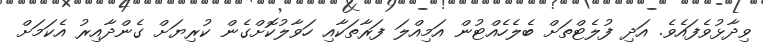
ވިދާޅުވެފައެވެ. އަދި ފުލެޓްތަށް ބެލެހެއްޓުން އަމިއްލަ ފަރާތަކާއި ހަވާލުކޮށްގެން ކުރިޔަށް ގެންދާއިރު އެކަމަށް